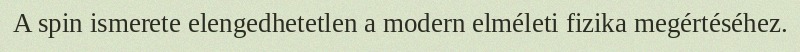
A spin ismerete elengedhetetlen a modern elméleti fizika megértéséhez.